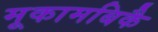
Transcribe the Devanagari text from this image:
मूकामबिकै